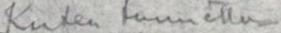
Kuten tunnettu